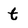
Character: t